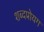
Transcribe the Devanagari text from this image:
शब्दप्रोयग